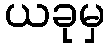
ယခုမှ